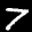
Label: 7